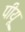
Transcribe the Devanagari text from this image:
पीयू